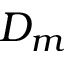
D _ { m }